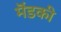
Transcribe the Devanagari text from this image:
मॆंडकी